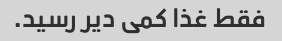
فقط غذا کمی دیر رسید.